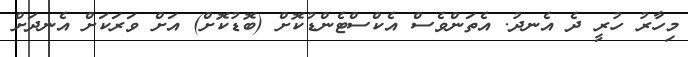
މިހާރު ހުރީ ދެ އެނދު. އެތަންވެސް އެކްސްޓެންޑުކޮށް (ބޮޑުކޮށް) އަށް ވަރަކަށް އެނދަށް